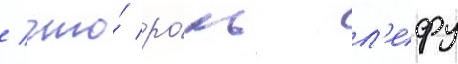
/ что́ ро́ль л'ефу